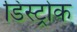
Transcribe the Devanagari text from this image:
डिस्ट्रोक